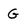
Character: G